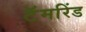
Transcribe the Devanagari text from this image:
टॅमरिंड